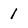
Character: 1